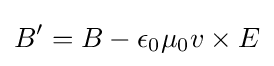
B'=B-\epsilon _{0}\mu _{0}v\times E